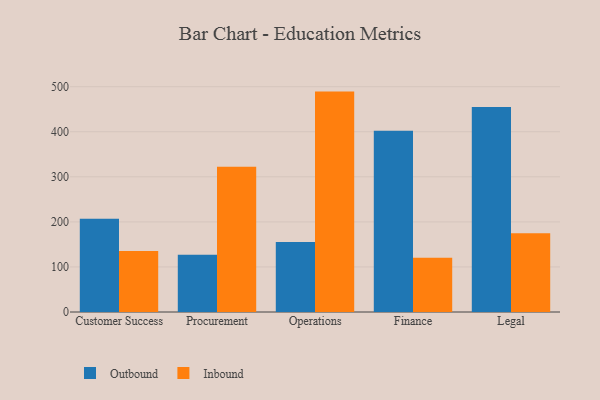
{"axis": {"x": "Department", "y": "Website Visitors"}, "legend": ["Inbound", "Outbound"], "data": [{"x": "Customer Success", "y": 207.1, "type": "Outbound"}, {"x": "Customer Success", "y": 135.2, "type": "Inbound"}, {"x": "Procurement", "y": 126.9, "type": "Outbound"}, {"x": "Procurement", "y": 322.6, "type": "Inbound"}, {"x": "Operations", "y": 155.5, "type": "Outbound"}, {"x": "Operations", "y": 489.1, "type": "Inbound"}, {"x": "Finance", "y": 402.0, "type": "Outbound"}, {"x": "Finance", "y": 120.5, "type": "Inbound"}, {"x": "Legal", "y": 454.7, "type": "Outbound"}, {"x": "Legal", "y": 174.9, "type": "Inbound"}]}